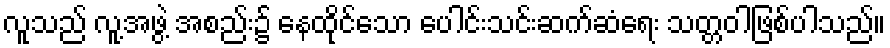
လူသည် လူ့အဖွဲ့ အစည်း၌ နေထိုင်သော ပေါင်းသင်းဆက်ဆံရေး သတ္တဝါဖြစ်ပါသည်။